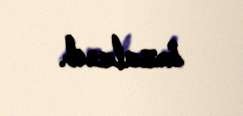
imzalanıb.